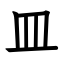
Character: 皿